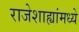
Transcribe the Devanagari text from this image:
राजेशाह्यांमध्ये